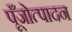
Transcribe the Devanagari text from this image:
पूँजोत्पादन